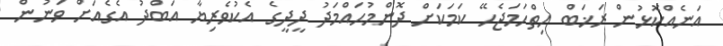
އަނެއްކޮޅުން ރަޚަބް ހިތްހަމަޖެހޭ ކަމަކަށް ދޮންމުޙައްމަދު ދީދީގެ އެކުވެރިޔާ އަބްދު އެގެއަށް ވަނުން